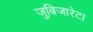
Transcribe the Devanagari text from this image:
जुबिजारेटा